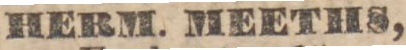
HERM. MEETHS,